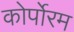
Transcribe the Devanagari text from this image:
कोर्पोरम